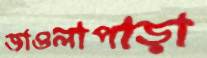
জাওলাপাড়া